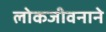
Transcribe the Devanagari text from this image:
लोकजीवनाने